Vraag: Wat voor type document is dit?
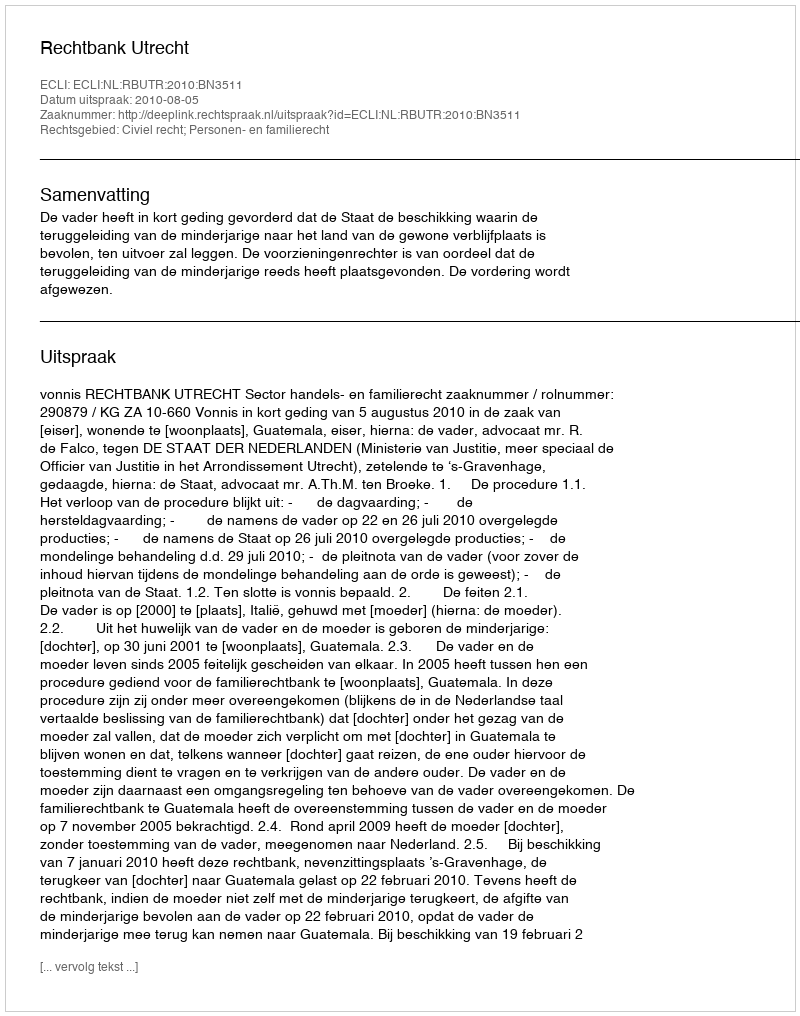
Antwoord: Uitspraak